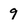
Character: 9